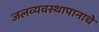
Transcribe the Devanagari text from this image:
जलव्यवस्थापानाचे